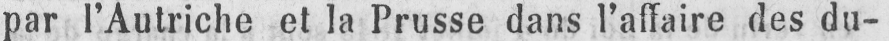
par l’Autriche et la Prusse dans l’affaire des du-